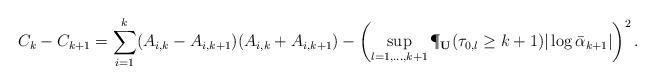
LaTeX: \begin{align*}C_k-C_{k+1}&=\sum_{i=1}^k(A_{i,k}-A_{i,k+1})(A_{i,k}+A_{i,k+1})-\left(\sup_{l=1,\ldots,k+1}\P_{\bf U}(\tau_{0,l}\ge k+1)|\log\bar\alpha_{k+1}|\right)^2.\end{align*}